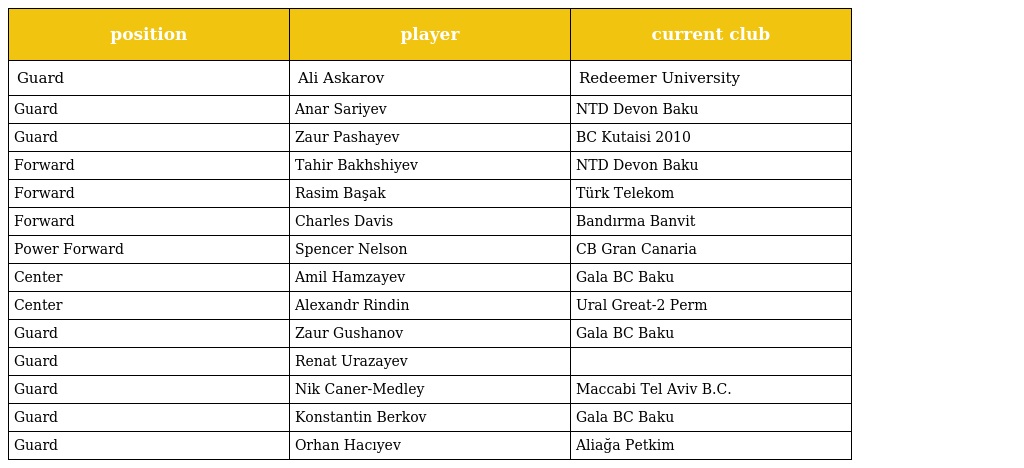
| position | player | current club |
 | --- | --- | --- |
 | Guard | Ali Askarov | Redeemer University |
 | Guard | Anar Sariyev | NTD Devon Baku |
 | Guard | Zaur Pashayev | BC Kutaisi 2010 |
 | Forward | Tahir Bakhshiyev | NTD Devon Baku |
 | Forward | Rasim Başak | Türk Telekom |
 | Forward | Charles Davis | Bandırma Banvit |
 | Power Forward | Spencer Nelson | CB Gran Canaria |
 | Center | Amil Hamzayev | Gala BC Baku |
 | Center | Alexandr Rindin | Ural Great-2 Perm |
 | Guard | Zaur Gushanov | Gala BC Baku |
 | Guard | Renat Urazayev |  |
 | Guard | Nik Caner-Medley | Maccabi Tel Aviv B.C. |
 | Guard | Konstantin Berkov | Gala BC Baku |
 | Guard | Orhan Hacıyev | Aliağa Petkim |